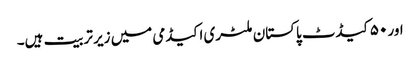
اور ۵۰ کیڈٹ پاکستان ملٹری اکیڈمی میں زیر تربیت ہیں۔